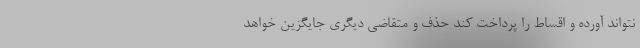
نتواند آورده و اقساط را پرداخت کند حذف و متقاضی دیگری جایگزین خواهد